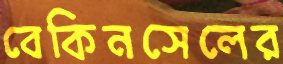
বেকিনসেলের